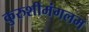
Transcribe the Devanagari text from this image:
कुरुशीमंगलम